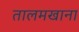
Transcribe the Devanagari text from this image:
तालमखाना